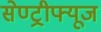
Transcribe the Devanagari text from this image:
सेण्ट्रीफ्यूज